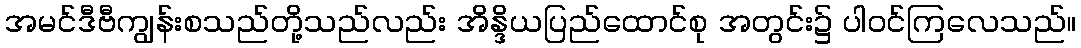
အမင်ဒီဗီကျွန်းစသည်တို့သည်လည်း အိန္ဒိယပြည်ထောင်စု အတွင်း၌ ပါဝင်ကြလေသည်။